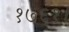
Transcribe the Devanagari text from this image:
१७६१।